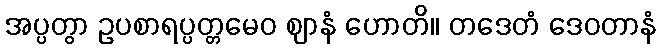
အပ္ပတွာ ဥပစာရပ္ပတ္တမေဝ ဈာနံ ဟောတိ။ တဒေတံ ဒေဝတာနံ